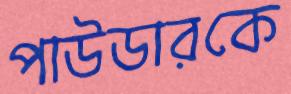
পাউডারকে